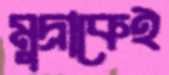
মুদ্রাকেই